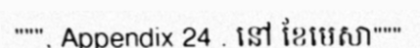
""", Appendix 24 . នៅ ខែមេសា"""